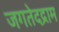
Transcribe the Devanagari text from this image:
जगतेदद्राम